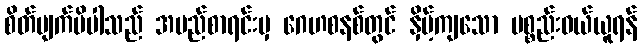
စိတ်ပျက်မိပါသည် အမည်စာရင်းမှ ဂေဟစနစ်တွင် နှိမ့်ကျသော ပစ္စည်းဝယ်ယူရန်